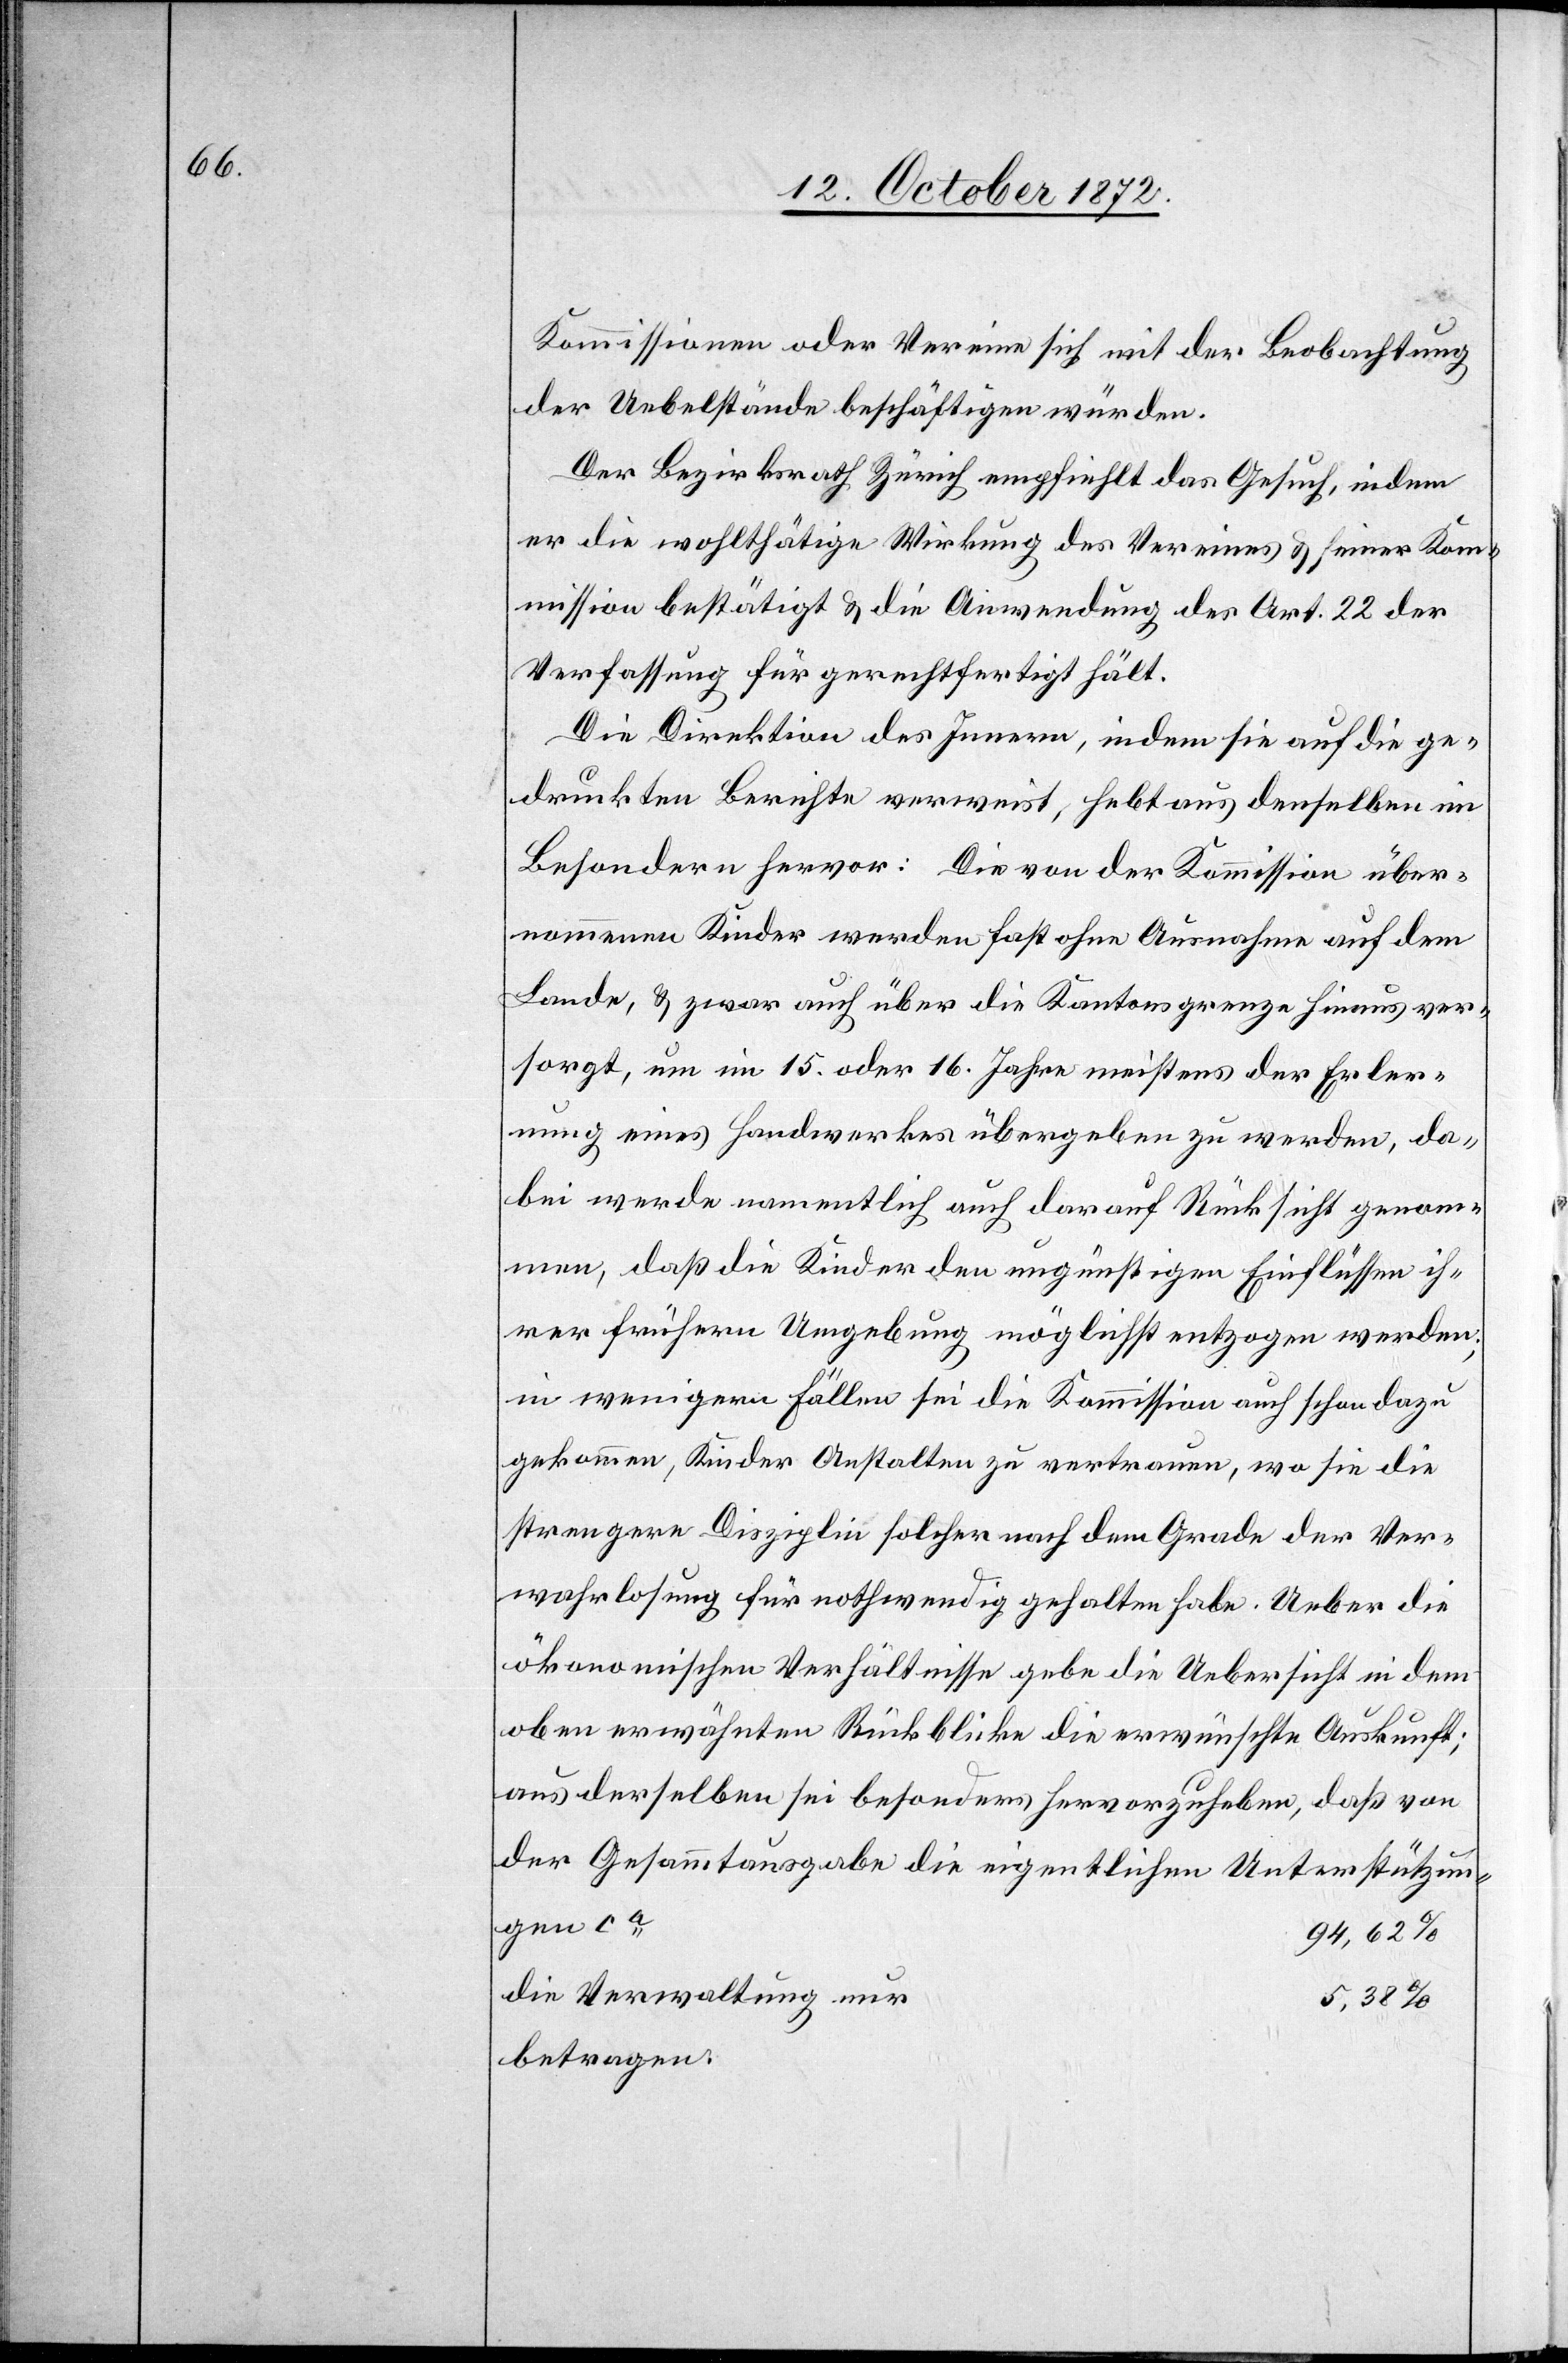
Kommissionen oder Vereine sich mit der Beobachtung
der Uebelstände beschäftigen würden.
Der Bezirksrath Zürich empfiehlt das Gesuch, indem
er die wohlthätige Wirkung des Vereines u. seiner Kom¬
mission bestätigt u. die Anwendung des Art. 22 der
Verfassung für gerechtfertigt hält.
Die Direktion des Innern, indem sie auf die ge¬
druckten Berichte verweist, hebt aus denselben im
Besondern hervor: Die von der Kommission über¬
nommenen Kinder werden fast ohne Ausnahme auf dem
Lande, u. zwar auch über die Kantonsgrenze hinaus ver¬
sorgt, um im 15. oder 16. Jahre meistens der Erler¬
nung eines Handwerkes übergeben zu werden, da¬
bei werde namentlich auch darauf Rücksicht genom¬
men, daß die Kinder den ungünstigen Einflüssen ih¬
rer frühern Umgebung möglichst entzogen werden;
in wenigen Fällen sei die Kommission auch schon dazu
gekommen, Kinder Anstalten zu vertrauen, wo sie die
strengere Disziplin solcher nach dem Grade der Ver¬
wahrlosung für nothwendig gehalten habe. Ueber die
ökonomischen Verhältnisse gebe die Uebersicht in dem
oben erwähnten Rückblicke die erwünschte Auskunft;
aus derselben sei besonders hervorzuheben, daß von
94,62%
die Verwaltung nur
betragen